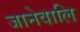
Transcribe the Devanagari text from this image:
जानेवालि